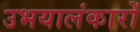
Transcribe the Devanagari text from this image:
उभयालंकारों